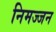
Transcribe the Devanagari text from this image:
निमज्‍जन